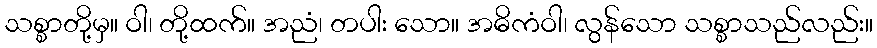
သစ္စာတို့မှ။ ဝါ၊ တို့ထက်။ အညံ၊ တပါး သော။ အဓိကံဝါ၊ လွန်သော သစ္စာသည်လည်း။